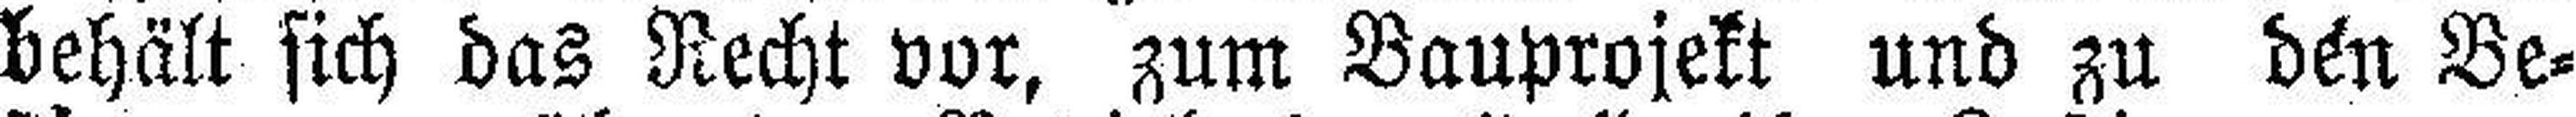
behält sich das Recht vor, zum Bauprojekt und zu den Be¬